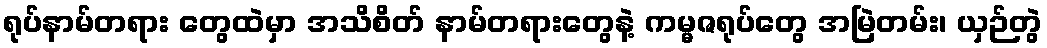
ရုပ်နာမ်တရား တွေထဲမှာ အသိစိတ် နာမ်တရားတွေနဲ့ ကမ္မဇရုပ်တွေ အမြဲတမ်း၊ ယှဉ်တွဲ